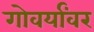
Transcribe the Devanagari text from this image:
गोवर्यांवर